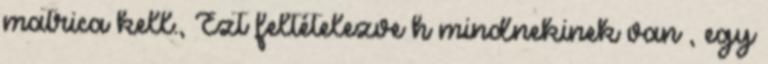
matrica kell., Ezt feltételezve h mindnekinek van , egy